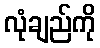
လုံချည်ကို